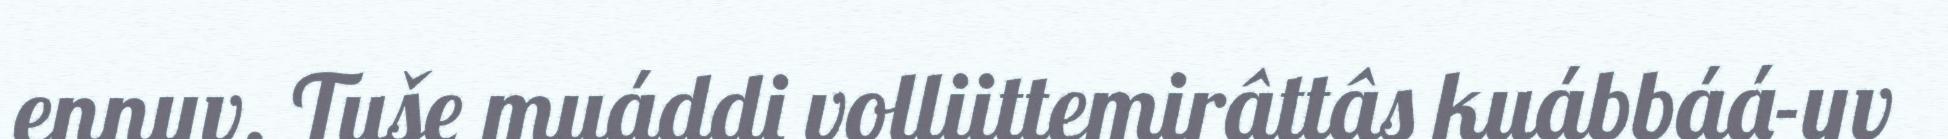
ennuv. Tuše muáddi volliittemirâttâs kuábbáá-uv